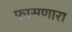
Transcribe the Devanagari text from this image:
फासणारा